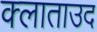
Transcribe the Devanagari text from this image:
क्लाताउद